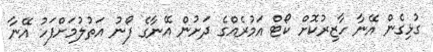
ގުޅިގެން އޭނާ ހާޒިރުކޮށް ކޯޓް އަމުރެއްގެ ދަށުން އޭނާގެ ފޯނު އަތުލުމަށްފަހު އޭނާ